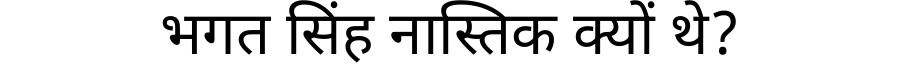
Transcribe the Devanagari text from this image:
भगत सिंह नास्तिक क्यों थे?